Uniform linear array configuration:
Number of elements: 64
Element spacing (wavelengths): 1
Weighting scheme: kaiser
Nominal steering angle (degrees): -60
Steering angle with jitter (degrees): -58.135
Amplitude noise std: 0.05
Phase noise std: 0.05

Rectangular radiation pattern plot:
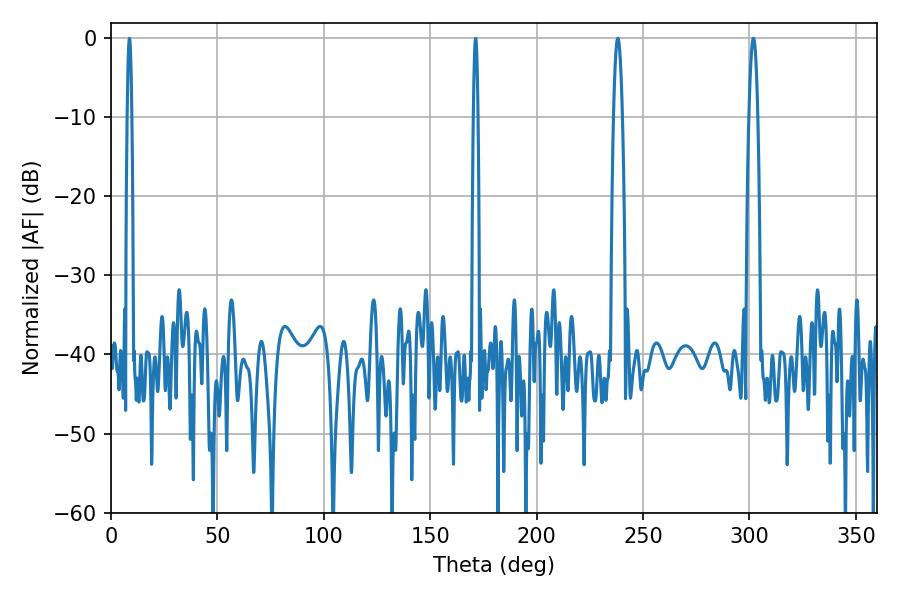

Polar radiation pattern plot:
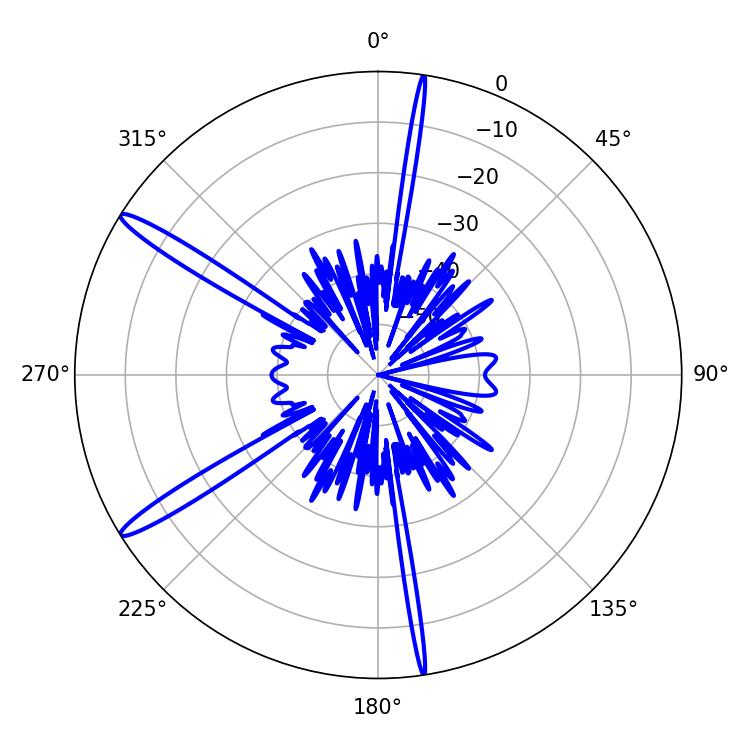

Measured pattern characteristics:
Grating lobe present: TRUE
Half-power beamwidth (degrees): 2.16
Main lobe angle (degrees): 238.14